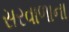
સરવાળાના